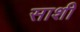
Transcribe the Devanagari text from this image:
साशी